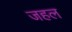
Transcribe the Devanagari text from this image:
जहल